Report of the Imperial Institute of Veterinary Research, Muktesar
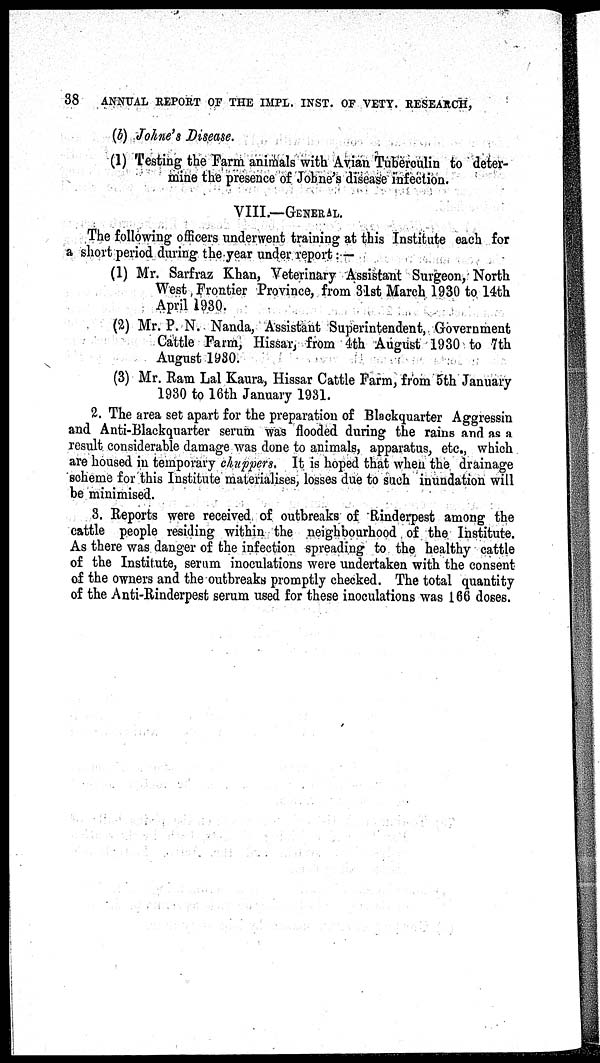
38
ANNUAL REPORT OF THE IMPL. INST. OF VETY. RESEARCH,
(b) Johne's Disease.
(1) Testing the Farm animals with Avian Tuberculin to deter-
mine the presence of Jobne's disease infection.
VIII.—GENERAL.
The following officers underwent training at this Institute each for
a short period during the year under report: —
(1) Mr. Sarfraz Khan, Veterinary Assistant Surgeon, North
West Frontier Province, from 31st March 1930 to 14th
April 1930.
(2) Mr. P. N. Nanda, Assistant Superintendent, Government
Cattle Farm, Hissar, from 4th August 1930 to 7th
August 1930.
(3) Mr. Ram Lal Kaura, Hissar Cattle Farm, from 5th January
1930 to 16th January 1931.
2. The area set apart for the preparation of Blackquarter Aggressin
and Anti-Blackquarter serum was flooded during the rains and as a
result considerable damage was done to animals, apparatus, etc., which
are housed in temporary chuppers. It is hoped that when the drainage
scheme for this Institute materialises, losses due to such inundation will
be minimised.
3. Reports were received of outbreaks of Rinderpest among the
cattle people residing within the neighbourhood of the Institute.
As there was danger of the infection spreading to the healthy cattle
of the Institute, serum inoculations were undertaken with the consent
of the owners and the outbreaks promptly checked. The total quantity
of the Anti-Rinderpest serum used for these inoculations was 166 doses.